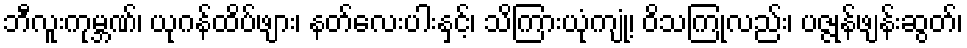
ဘီလူးကုမ္ဘဏ်၊ ယုဂန်ထိပ်ဖျား၊ နတ်လေးပါးနှင့်၊ သိကြားယုံကျုံ့၊ ဝိသကြုံလည်း၊ ပဇ္ဇုန်ဖျန်းဆွတ်၊